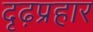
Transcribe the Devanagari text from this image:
दृढ़प्रहार